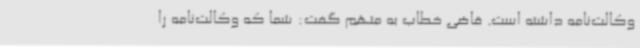
وکالت‌نامه داشته است. قاضی خطاب به متهم گفت: شما که وکالت‌نامه را